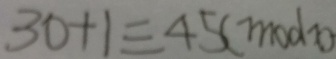
3 0 + 1 \equiv 4 5 ( m o d x )